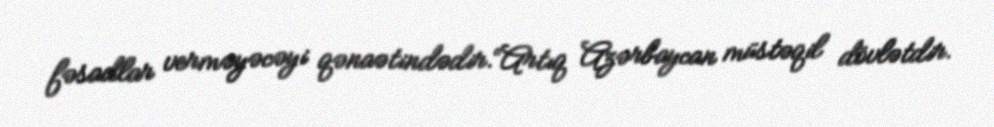
fəsadlar verməyəcəyi qənaətindədir.“Artıq Azərbaycan müstəqil dövlətdir.